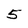
Character: 5